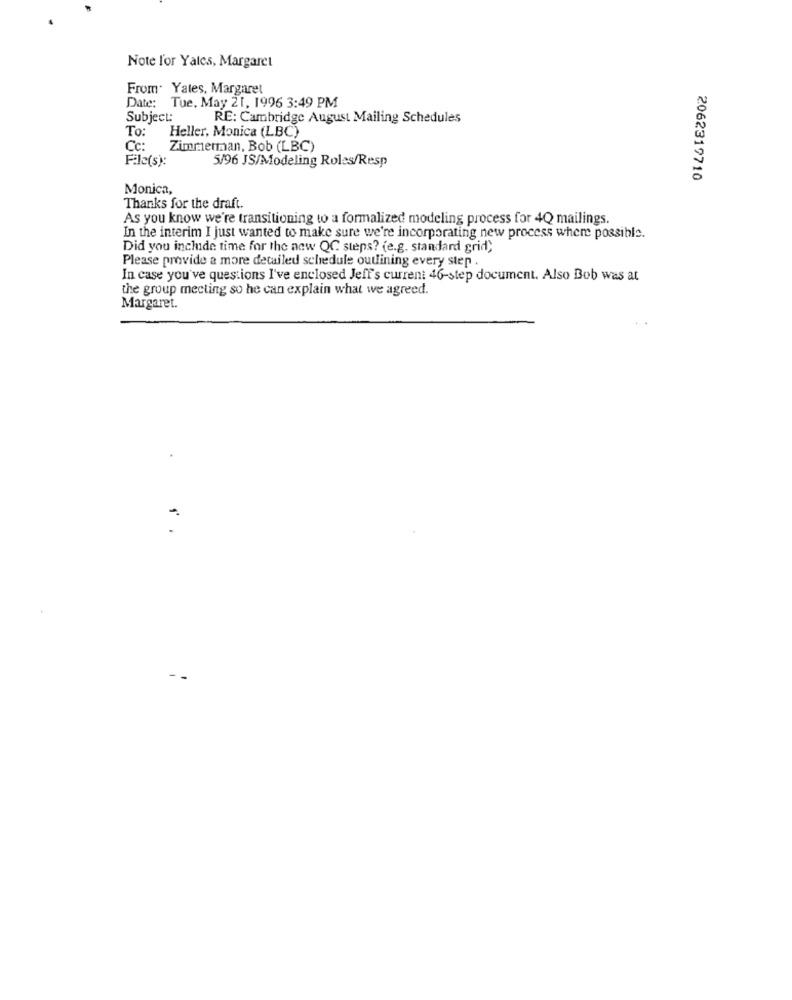
Note l'or Yales, Margaret
From. Yates, Margaret
Date: Tue, May 21, 1996 3:49 PM
Subject:
RE: Cambridge August Mailing Schedules
To:
Heller, Monica (LBC)
Cc:
Zimmerman, Bob (LBC)
File(s):
5/96 JS/Modeling Roles/Resp
2062319710
Monica,
Thanks for the draft.
As you know we're transitioning to a formalized modeling process for 4Q mailings.
In the interim I just wanted to make sure we're incorporating new process where possible.
Did you inchide time for the new QC steps? (e.g. standard grid;
Please provide a more detailed schedule outlining every step .
In case you've questions I've enclosed Jeff's current 46-step document. Also Bob was at
the group meeting so he can explain what we agreed.
Margaret.